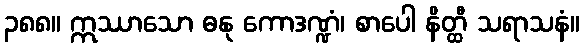
၃၈၈။ ဣဿာသော ဓနု ကောဒဏ္ဍံ၊ စာပေါ နိတ္ထီ သရာသနံ။